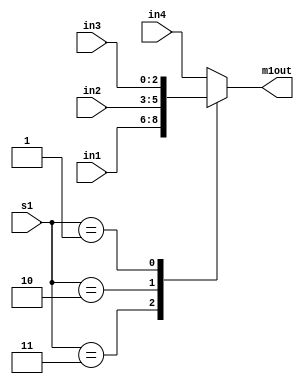
`timescale 1ns / 1ps
//////////////////////////////////////////////////////////////////////////////////
// Company: 
// Engineer: 
// 
// Design Name: 
// Module Name: MUX1
// Project Name: 
// Target Devices: 
// Tool Versions: 
// Description: 
// 
// Dependencies: 
// 
// Revision:
// Revision 0.01 - File Created
// Additional Comments:
// 
//////////////////////////////////////////////////////////////////////////////////


module MUX1(
input [2:0] in1, in2, in3, in4,
input [1:0] s1,
output reg [2:0] m1out 
);

always @ (in1, in2, in3, in4, s1)
begin
        case (s1)
                2'b11:      m1out = in1;
                2'b10:      m1out = in2;
                2'b01:      m1out = in3;
                default:    m1out = in4; // 2'b00
        endcase
end
endmodule